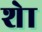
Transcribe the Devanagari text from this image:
शेा